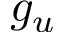
g _ { u }